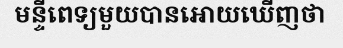
មន្ទីពេទ្យមួយបានអោយឃើញថា